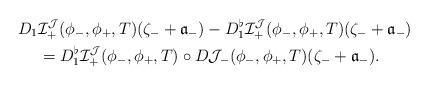
LaTeX: \begin{align*} D_1&\mathcal{I}_+^{\mathcal{J}}(\phi_-,\phi_+,T)(\zeta_- +{\mathfrak a}_-) - D_1^\flat\mathcal{I}_+^{\mathcal{J}}(\phi_-,\phi_+,T)(\zeta_- +{\mathfrak a}_-)\\ &= D_1^\flat\mathcal{I}_+^{\mathcal{J}}(\phi_-,\phi_+,T)\circ D\mathcal{J}_-(\phi_-,\phi_+,T)(\zeta_-+{\mathfrak a}_-).\end{align*}